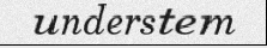
understem